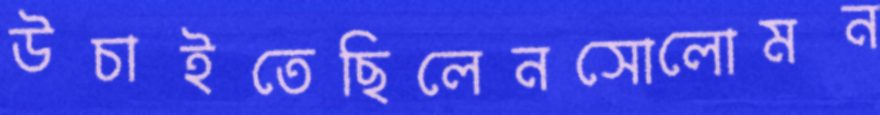
উচাইতেছিলেনসোলোমন